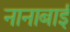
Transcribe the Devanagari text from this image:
नानाबाई